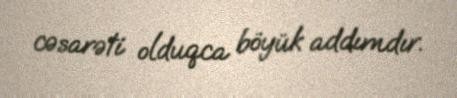
cəsarəti olduqca böyük addımdır.